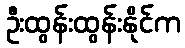
ဦးထွန်းထွန်းနိုင်က